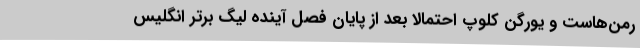
رمن‌هاست و یورگن کلوپ احتمالا بعد از پایان فصل آینده لیگ برتر انگلیس